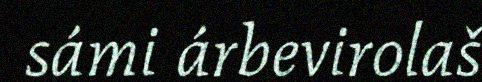
sámi árbevirolaš